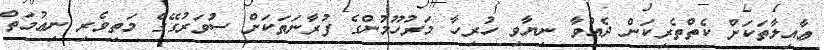
ޢާއިލާތަކަށް ކެތްތެރިކަން ދެއްވާ ނިޔާވި ހުރިހާ މަރުހޫމުންގެ ފުރާނަތަކަށް ސުވަރުގޭގެ މަތިވެރި ނިޢުމަތް